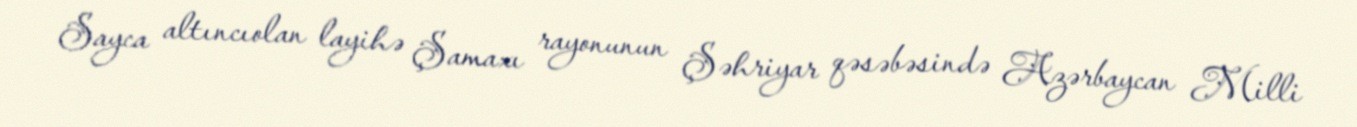
Sayca altıncıolan layihə Şamaxı rayonunun Şəhriyar qəsəbəsində Azərbaycan Milli